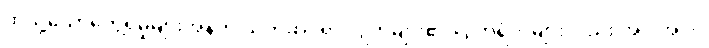
ထိုသို့သောတွေ့ရှိမှုများအနက် သက်ဆိုင်ရာ ဂြိုဟ်များ၏ ဂြိုဟ်ရံလများလည်း အပါအဝင်